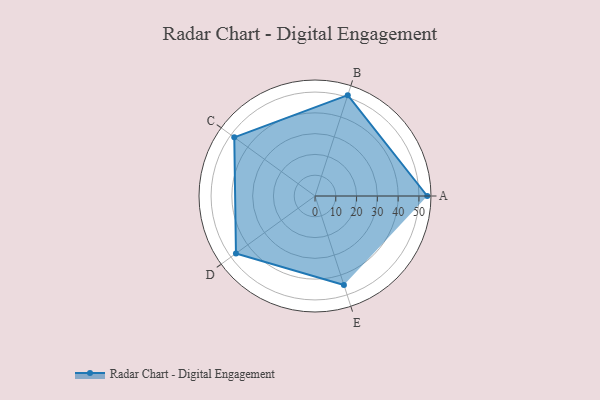
{"axis": {"x": "Skill", "y": "Score"}, "legend": ["Profile"], "data": [{"x": "A", "y": 54.0, "type": "Profile"}, {"x": "B", "y": 51.0, "type": "Profile"}, {"x": "C", "y": 48.0, "type": "Profile"}, {"x": "D", "y": 47.0, "type": "Profile"}, {"x": "E", "y": 45.0, "type": "Profile"}]}